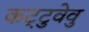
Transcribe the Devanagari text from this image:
कट्‌टुवेवु